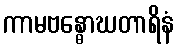
ကာမဗန္ဓောဃတာရိနံ